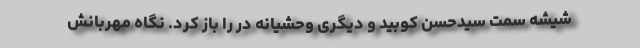
شیشه سمت سیدحسن کوبید و دیگری وحشیانه در را باز کرد. نگاه مهربانش